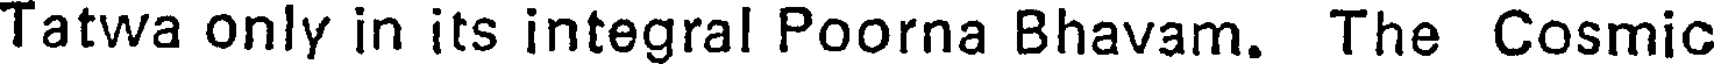
Tatwa only in its integral Poorna Bhavam. The Cosmic